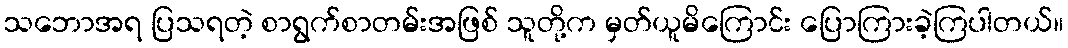
သဘောအရ ပြသရတဲ့ စာရွက်စာတမ်းအဖြစ် သူတို့က မှတ်ယူမိကြောင်း ပြောကြားခဲ့ကြပါတယ်။